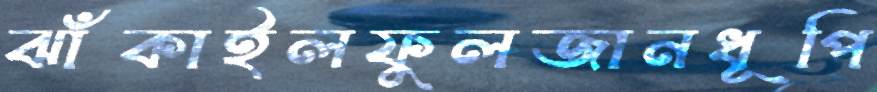
ঝাঁকাইলফুলজানধূপি